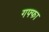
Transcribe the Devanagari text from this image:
गफ्फा